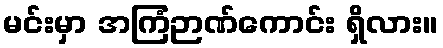
မင်းမှာ အကြံဉာဏ်ကောင်း ရှိလား။